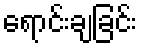
ရောင်းချခြင်း